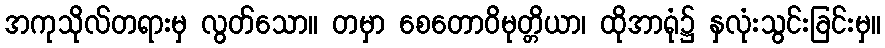
အကုသိုလ်တရားမှ လွတ်သော။ တမှာ စေတောဝိမုတ္တိယာ၊ ထိုအာရုံ၌ နှလုံးသွင်းခြင်းမှ။